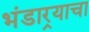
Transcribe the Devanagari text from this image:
भंडार्‍याचा